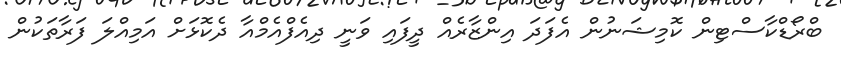
ބްރޯޑްކާސްޓިން ކޮމިޝަނުން އެފަދަ އިންޒާރެއް ދީފައި ވަނީ ދިއެފްއެމްއާ ދެކޮޅަށް އަމިއްލަ ފަރާތަކުން